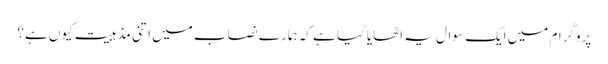
پروگرام میں ایک سوال یہ اٹھایا گیا ہے کہ ہمارے نصاب میں اتنی مذہبیت کیوں ہے؟